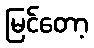
မြင်တော့